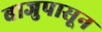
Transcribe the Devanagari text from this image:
बाजुपासून